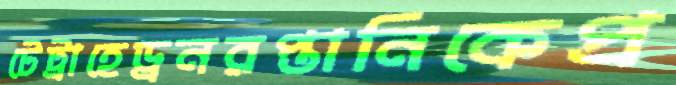
টেট্রাহেড্রনরপ্তানিকেপ্র